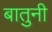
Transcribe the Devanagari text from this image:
बातुनी